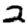
Digit: 2